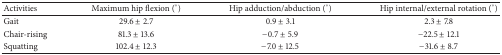
<table><thead><tr><td><b>Activities</b></td><td><b>Maximum hip flexion (°)</b></td><td><b>Hip adduction/abduction (°)</b></td><td><b>Hip internal/external rotation (°)</b></td></tr></thead><tbody><tr><td>Gait</td><td>29.6 ± 2.7</td><td>0.9 ± 3.1</td><td>2.3 ± 7.8</td></tr><tr><td>Chair-rising</td><td>81.3 ± 13.6</td><td>−0.7 ± 5.9</td><td>−22.5 ± 12.1</td></tr><tr><td>Squatting</td><td>102.4 ± 12.3</td><td>−7.0 ± 12.5</td><td>−31.6 ± 8.7</td></tr></tbody></table>